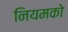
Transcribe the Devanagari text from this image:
नियमको